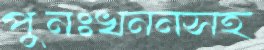
পুনঃখননসহ